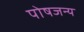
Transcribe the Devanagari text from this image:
पोषजन्य